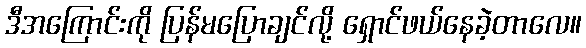
ဒီအကြောင်းကို ပြန်မပြောချင်လို့ ရှောင်ဖယ်နေခဲ့တာလေ။